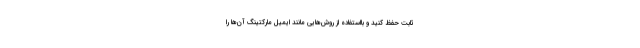
ثابت حفظ کنید و بااستفاده از روش‌هایی مانند ایمیل مارکتینگ آن‌ها را